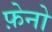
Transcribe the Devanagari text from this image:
फ़ेनो